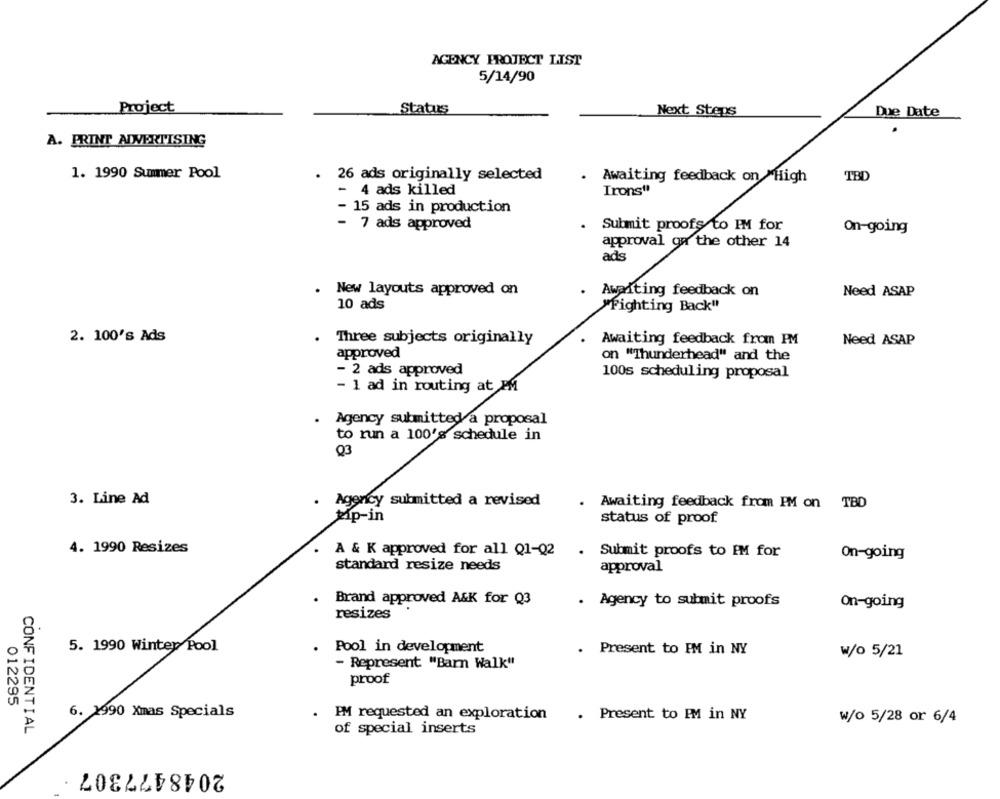
AGENCY PROJECT LIST
5/14/90
Project
Status
Next Steps
Due Date
A. PRINT ADVERTISING
1. 1990 Summer Pool
. 26 ads originally selected
TBD
. Awaiting feedback on High
- 4 ads killed
Irons"
15 ads in production
- 7 ads approved
Submit proofs to IM for
On-going
approval ga the other 14
ads
. New layouts approved on
Awaiting feedback on
Need ASAP
10 ads
"Fighting Back"
2. 100's Ads
Three subjects originally
Awaiting feedback from PM
Need ASAP
approved
on "Thunderhead" and the
- 2 ads approved
100s scheduling proposal
- 1 ad in routing at PM
Agency submitted a proposal
to run a 100's schedule in
Q3
3. Line Ad
. Agency submitted a revised
Awaiting feedback from PM on TBD
tip-in
status of proof
4. 1990 Resizes
A & K approved for all Q1-Q2
Submit proofs to IM for
On-going
standard resize needs
approval
Brand approved A&K for Q3
. Agency to submit proofs
On-going
resizes
5. 1990 Winter Pool
Pool in development
.
Present to IM in NY
w/o 5/21
- Represent "Barn Walk"
proof
012295
6. 990 Xmas Specials
PM requested an exploration
. Present to PM in NY
w/o 5/28 or 6/4
CONFIDENTIAL
of special inserts
2048477307